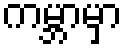
ကမ္ဘာမှာ